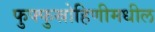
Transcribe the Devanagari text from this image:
फुफ्फुस्रोहिणीमधील